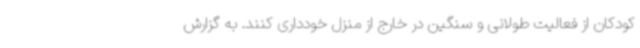
کودکان از فعالیت طولانی و سنگین در خارج از منزل خودداری کنند. به گزارش